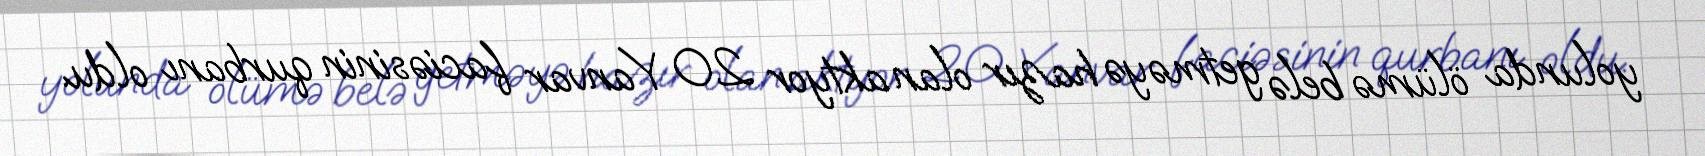
yolunda ölümə belə getməyə hazır olan aktyor 20 Yanvar faciəsinin qurbanı oldu.